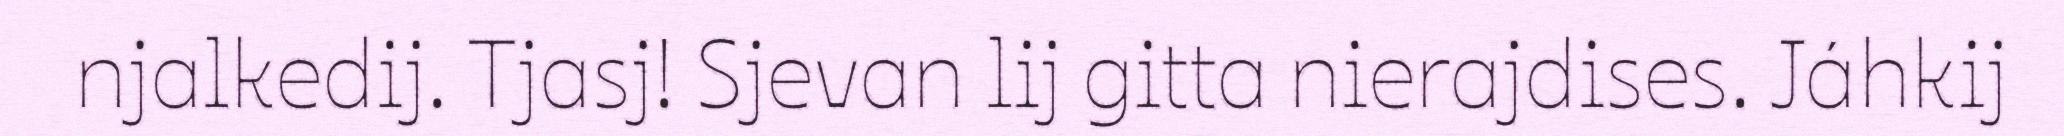
njalkedij. Tjasj! Sjevan lij gitta nierajdises. Jáhkij